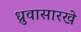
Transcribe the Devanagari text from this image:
ध्रुवासारखे